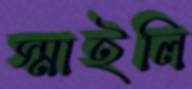
স্মাইলি